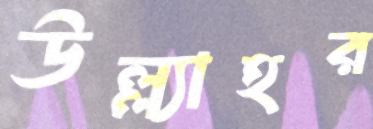
উল্ল্যাহর